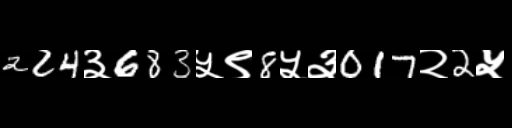
Text: 224३683५९8५३017२2५